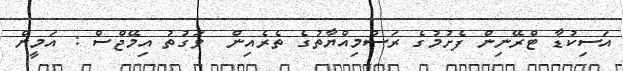
އަސިކުޑާ ޓްރޭނިން ފެށުމުގެ ރަސްމިއްޔާތުގެ ތެރެއިން  ވަގުތު އިމޭޖްސް : އަމީން